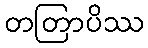
တတြာပိဿ